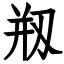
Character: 剏